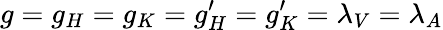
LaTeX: g=g_{H}=g_{K}=g_{H}^{\prime}=g_{K}^{\prime}=\lambda_{V}=\lambda_{A}